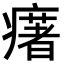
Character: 𤻔